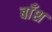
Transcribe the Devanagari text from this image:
बाँश